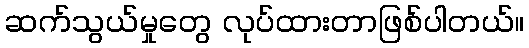
ဆက်သွယ်မှုတွေ လုပ်ထားတာဖြစ်ပါတယ်။